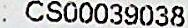
: CS00039038